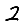
Digit: 2